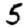
Digit: 5